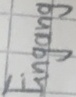
Text: Eingang